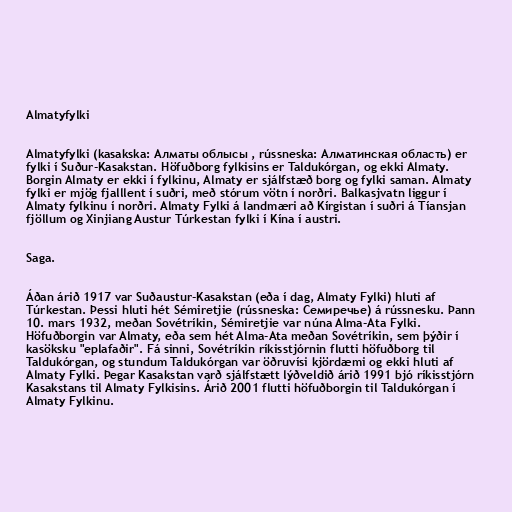
Almatyfylki

Almatyfylki (kasakska: Алматы облысы , rússneska: Алматинская область) er
fylki í Suður-Kasakstan. Höfuðborg fylkisins er Taldukórgan, og ekki Almaty.
Borgin Almaty er ekki í fylkinu, Almaty er sjálfstæð borg og fylki saman. Almaty
fylki er mjög fjalllent í suðri, með stórum vötn í norðri. Balkasjvatn liggur í
Almaty fylkinu í norðri. Almaty Fylki á landmæri að Kírgistan í suðri á Tíansjan
fjöllum og Xinjiang Austur Túrkestan fylki í Kína í austri.

Saga.

Áðan árið 1917 var Suðaustur-Kasakstan (eða í dag, Almaty Fylki) hluti af
Túrkestan. Þessi hluti hét Sémiretjie (rússneska: Семиречье) á rússnesku. Þann
10. mars 1932, meðan Sovétríkin, Sémiretjie var núna Alma-Ata Fylki.
Höfuðborgin var Almaty, eða sem hét Alma-Ata meðan Sovétríkin, sem þýðir í
kasöksku "eplafaðir". Fá sinni, Sovétríkin ríkisstjórnin flutti höfuðborg til
Taldukórgan, og stundum Taldukórgan var öðruvísi kjördæmi og ekki hluti af
Almaty Fylki. Þegar Kasakstan varð sjálfstætt lýðveldið árið 1991 bjó ríkisstjórn
Kasakstans til Almaty Fylkisins. Árið 2001 flutti höfuðborgin til Taldukórgan í
Almaty Fylkinu.